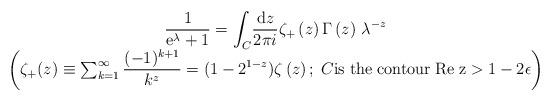
LaTeX: \begin{align*}\begin{array}{c}\displaystyle{\frac{1}{{\rm e}^\lambda +1}}=\displaystyle{\int_C}\displaystyle{\frac{{\rm d}z}{2\pi i}}\zeta_{+}\left(z\right)\Gamma\left(z\right)\,\lambda^{-z}\\\left( \zeta_{+}(z) \equiv \sum_{k=1}^\infty\displaystyle{\frac{(-1)^{k+1}}{k^z}}=(1 - 2^{1-z})\zeta\left(z\right);\;C {\rm is\;the\;contour\;}\rm{Re}\;z>1-2\epsilon\right)\end{array}\end{align*}